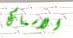
الاسماك